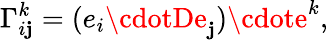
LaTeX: \Gamma_{i\mathbf{j}}^{k}=(e_{i}\cdotDe_{\mathbf{j}})\cdote^{k},